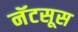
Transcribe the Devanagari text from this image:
नॅटसूस